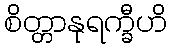
စိတ္တာနုရက္ခီဟိ